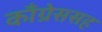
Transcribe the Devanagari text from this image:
काँग्रेससह